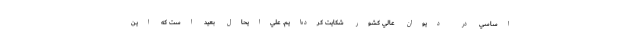
اساسي در ديوان عالي كشور شكايت كرده‌ايم. علي‌ايحال بعيد است كه اين